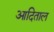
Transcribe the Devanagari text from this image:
आदिताल